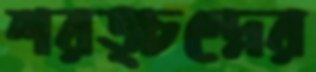
শরত্চন্দ্রের